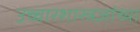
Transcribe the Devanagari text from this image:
उच्चारशास्त्रज्ञांच्या